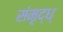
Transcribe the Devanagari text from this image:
संमृद्ध्